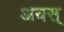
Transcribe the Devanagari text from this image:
अयस्‌